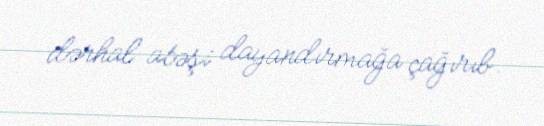
dərhal atəşi dayandırmağa çağırıb.